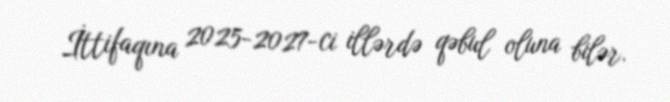
İttifaqına 2025-2027-ci illərdə qəbul oluna bilər.